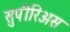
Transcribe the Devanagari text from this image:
सुपीरिअस